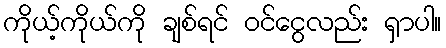
ကိုယ့်ကိုယ်ကို ချစ်ရင် ဝင်ငွေလည်း ရှာပါ။